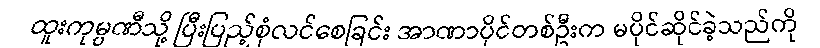
ထူးကုမ္ပဏီသို့ ပြီးပြည့်စုံလင်စေခြင်း အာဏာပိုင်တစ်ဦးက မပိုင်ဆိုင်ခဲ့သည်ကို